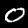
Digit: 0